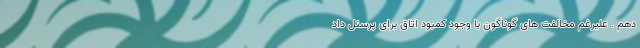
دهم . علیرغم مخالفت های گوناگون با وجود کمبود اتاق برای پرسنل داد